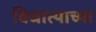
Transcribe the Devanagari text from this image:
विधात्याच्या